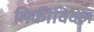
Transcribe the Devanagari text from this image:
मिकीविक्ज